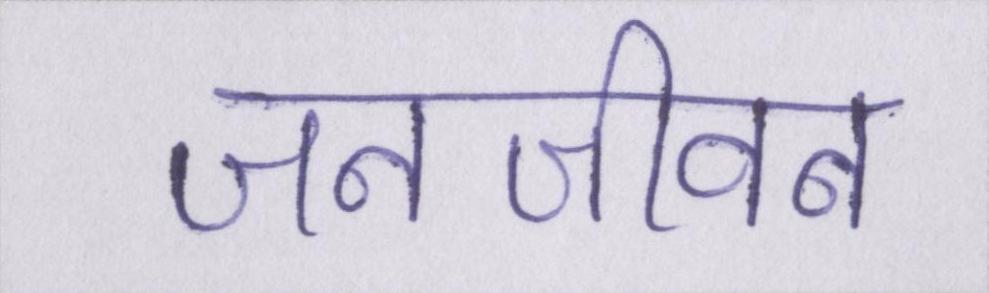
जनजीवन